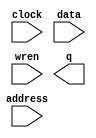
module lpm_ram_dq1 (
	address,
	clock,
	data,
	wren,
	q);

	input	[4:0]  address;
	input	  clock;
	input	[7:0]  data;
	input	  wren;
	output	[7:0]  q;

endmodule